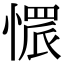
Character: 𢟿